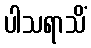
ပါသရာသိံ